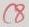
Text: C8